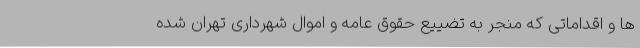
ها و اقداماتی که منجر به تضییع حقوق عامه و اموال شهرداری تهران شده